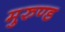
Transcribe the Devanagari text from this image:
मुरुण्ड